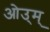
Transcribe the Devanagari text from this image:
ओउ्म्